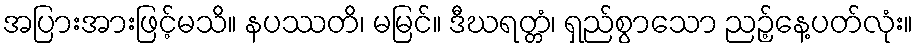
အပြားအားဖြင့်မသိ။ နပဿတိ၊ မမြင်။ ဒီဃရတ္တံ၊ ရှည်စွာသော ညဉ့်နေ့ပတ်လုံး။